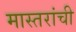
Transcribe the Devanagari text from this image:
मास्तरांची